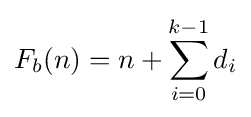
F_{b}(n)=n+\sum _{i=0}^{k-1}d_{i}